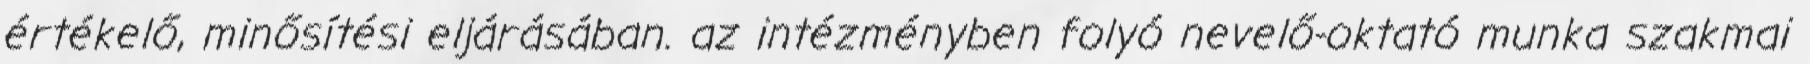
értékelő, minősítési eljárásában. az intézményben folyó nevelő-oktató munka szakmai